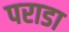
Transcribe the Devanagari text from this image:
पराडा